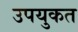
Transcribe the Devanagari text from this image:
उपयुकत